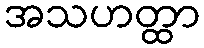
အသဟတ္ထာ